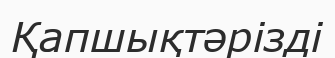
Қапшықтәрізді